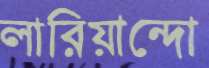
লারিয়ান্দো